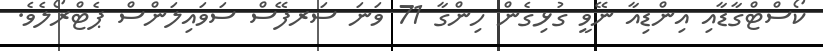
ކޯސްޓްގާޑާއި އިންޑިއާ ނޭވީ ގުޅިގެން ހިންގާ 71 ވަނަ ސަރފޭސް ސަވައިލަންސް ޕެޓްރޯލެވެ.